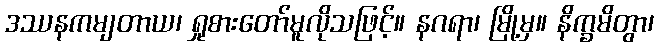
ဒဿနကမျတာယ၊ ရှုစားတော်မူလိုသဖြင့်။ နဂရာ၊ မြို့မှ။ နိက္ခမိတွာ၊